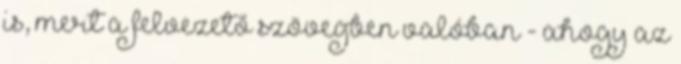
is, mert a felvezető szövegben valóban - ahogy az